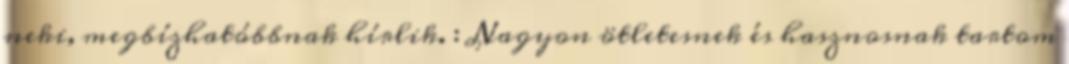
neki, megbízhatóbbnak hírlik. : Nagyon ötletesnek és hasznosnak tartom